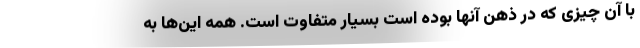
با آن چیزی که در ذهن آنها بوده است بسیار متفاوت است. همه این‌ها به